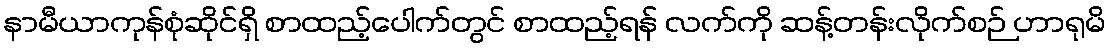
နာမီယာကုန်စုံဆိုင်ရှိ စာထည့်ပေါက်တွင် စာထည့်ရန် လက်ကို ဆန့်တန်းလိုက်စဉ် ဟာရုမိ